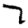
Digit: 7